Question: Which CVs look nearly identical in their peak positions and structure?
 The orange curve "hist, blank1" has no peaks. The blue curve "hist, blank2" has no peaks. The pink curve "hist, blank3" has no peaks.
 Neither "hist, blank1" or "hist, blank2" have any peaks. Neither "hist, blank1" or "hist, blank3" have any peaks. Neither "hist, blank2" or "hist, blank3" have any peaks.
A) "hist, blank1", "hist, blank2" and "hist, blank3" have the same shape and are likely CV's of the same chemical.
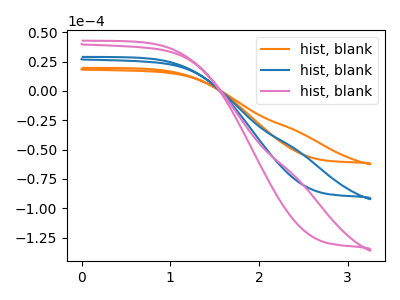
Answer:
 <answer>A) "hist, blank1", "hist, blank2" and "hist, blank3" have the same shape and are likely CV's of the same chemical.</answer>
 <eval>A</eval>